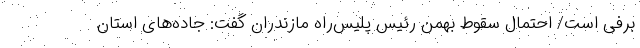
برفی است/ احتمال سقوط بهمن رئیس پلیس‌راه مازندران گفت: جاده‌های استان